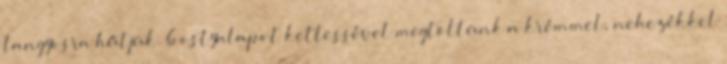
langyosra hűtjük. 6 ostyalapot kettessével megtöltünk a krémmel, nehezékkel